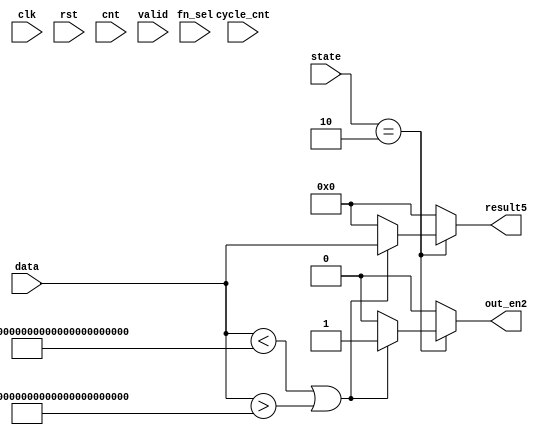
module filter5(clk, rst, fn_sel,cnt,data,state,valid,cycle_cnt,result5,out_en2);
input          clk;
input          rst;
input  [2:0]   fn_sel;
input  [5:0]   cnt;
input  [127:0]   data;
input  [2:0]     state;
input            valid;
input    [7:0] cycle_cnt;
output reg[127:0] result5;
output reg  out_en2;


reg[127:0] temp;


parameter high = 128'hBFFF_FFFF_FFFF_FFFF_FFFF_FFFF_FFFF_FFFF;
parameter low =  128'h7FFF_FFFF_FFFF_FFFF_FFFF_FFFF_FFFF_FFFF;
 




always@(*)begin
    if(state==3'b010)begin
        if(data<low | data>high)begin
            result5=data;
            out_en2 = 1;
        end
        else begin
            result5=0;
            out_en2 = 0;
        end
    end
    else begin
        result5=0;
        out_en2 = 0;
    end
end



endmodule